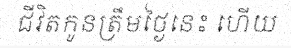
ជីវិតកូនត្រឹមថ្ងៃនេះ ហើយ